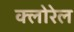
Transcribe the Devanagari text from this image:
क्लोरेल